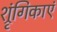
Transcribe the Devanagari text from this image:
श्रृंगिकाएं